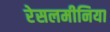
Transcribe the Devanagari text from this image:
रेसलमीनिया